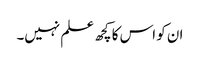
ان کو اس کا کچھ علم نہیں۔